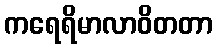
ကရေရိမာလာဝိတတာ